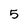
Character: 5